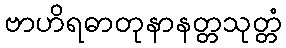
ဗာဟိရဓာတုနာနတ္တသုတ္တံ